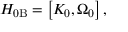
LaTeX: H _ { 0 \mathrm { B } } = \left[ K _ { 0 } , \Omega _ { 0 } \right] ,